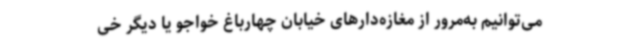
می‌توانیم به‌مرور از مغازه‌دارهای خیابان چهارباغ خواجو یا دیگر خی